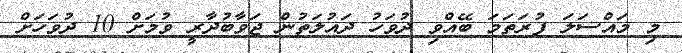
މި މައްސަލަ ފުރަތަމަ ބޭއްވި ދުވަހު ދައުލަތުން ޖަވާބުދާރީ ވުމަށް 10 ދުވަހަށް